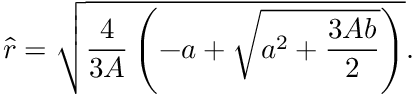
\hat { r } = \sqrt { \frac { 4 } { 3 A } \left( - a + \sqrt { a ^ { 2 } + \frac { 3 A b } { 2 } } \right) } .